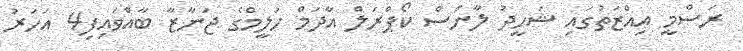
ރަސްމީ އިއްޒަތުގައި ޝަހީދު ލާންސް ކޯޕްރަލް އާދަމް ހަލީމްގެ ޖަނާޒާ ބާއްވައިފި4 އަހަރު